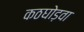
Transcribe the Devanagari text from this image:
कठघोड़वा